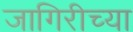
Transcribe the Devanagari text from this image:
जागिरीच्या